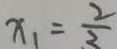
x _ { 1 } = \frac { 2 } { 2 }